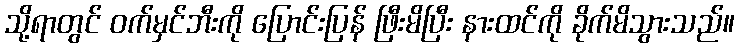
သို့ရာတွင် ဝက်မှင်ဘီးကို ပြောင်းပြန် ဖြီးမိပြီး နားထင်ကို ခိုက်မိသွားသည်။